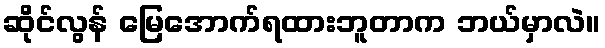
ဆိုင်လွန် မြေအောက်ရထားဘူတာက ဘယ်မှာလဲ။